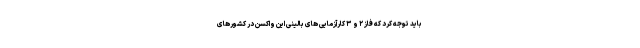
باید توجه کرد که فاز ۲ و ۳ کارآزمایی های بالینی این واکسن در کشورهای